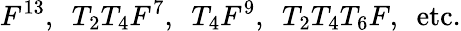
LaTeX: F^{13},\, \, \, T_{2}T_{4}F^{7},\, \, \, T_{4}F^{9},\, \, \, T_{2}T_{4}T_{6}F,\, \, \, \mathrm{etc.}